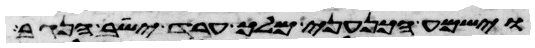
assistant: וישמע הכנעני מלך ערד ישב הנגב